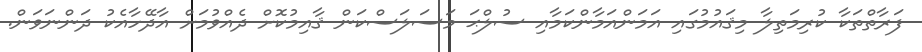
ފަރާތްތަކާ ކުރިމަތިލާ މިޤައުމުގައި އަމަންއަމާންކަމާއި ސުލްޙަ މަސަލަސްކަން ޤާއިމުކޮށް ދެއްވުމަށް އާދޭހާއެކު ދަންނަވަން.